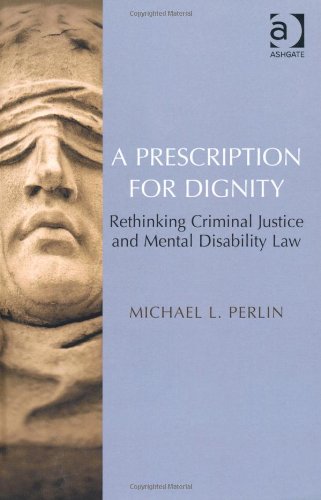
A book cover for A Prescription for Dignity: Rethinking Criminal Justice and Mental Disability Law; Michael L. Perlin; Law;